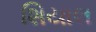
શિયાલ